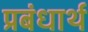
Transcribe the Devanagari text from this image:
प्रबंधार्थ